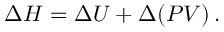
\Delta H = \Delta U + \Delta ( P V ) \, .